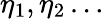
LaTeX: \eta_{1},\eta_{2}\dots